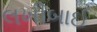
લખીબાઈ